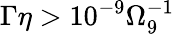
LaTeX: \Gamma\eta>10^{-9}\Omega_{9}^{-1}